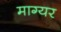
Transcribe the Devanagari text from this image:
माग्यर